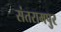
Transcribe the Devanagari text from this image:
संतरामपुर